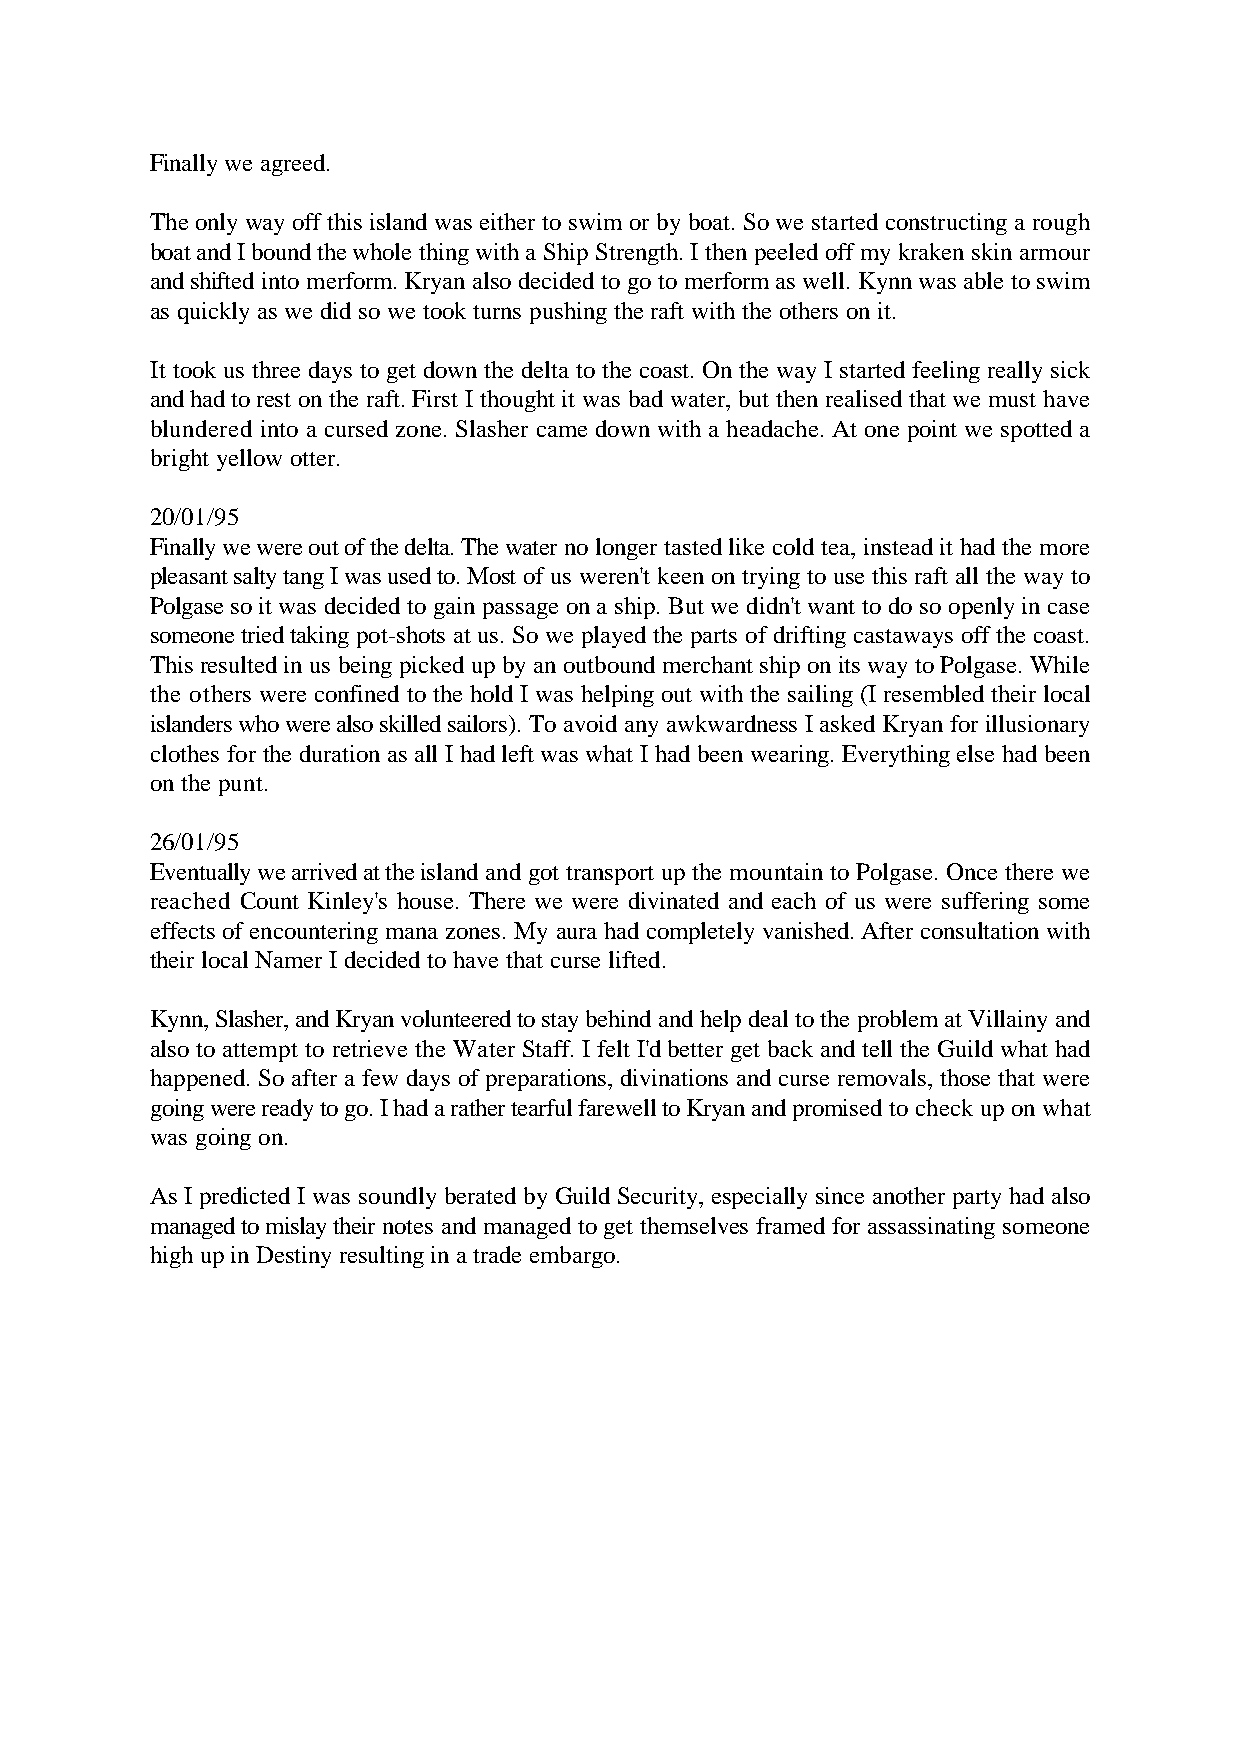
Finally we agreed.
 The only way off this island was either to swim or by boat. So we started constructing a rough
 boat and I bound the whole thing with a Ship Strength. I then peeled off my kraken skin armour
 and shifted into merform. Kryan also decided to go to merform as well. Kynn was able to swim
 as quickly as we did so we took turns pushing the raft with the others on it.
 It took us three days to get down the delta to the coast. On the way I started feeling really sick
 and had to rest on the raft. First I thought it was bad water, but then realised that we must have
 blundered into a cursed zone. Slasher came down with a headache. At one point we spotted a
 bright yellow otter.
 20/01/95
 Finally we were out of the delta. The water no longer tasted like cold tea, instead it had the more
 pleasant salty tang I was used to. Most of us weren't keen on trying to use this raft all the way to
 Polgase so it was decided to gain passage on a ship. But we didn't want to do so openly in case
 someone tried taking pot-shots at us. So we played the parts of drifting castaways off the coast.
 This resulted in us being picked up by an outbound merchant ship on its way to Polgase. While
 the others were confined to the hold I was helping out with the sailing (I resembled their local
 islanders who were also skilled sailors). To avoid any awkwardness I asked Kryan for illusionary
 clothes for the duration as all I had left was what I had been wearing. Everything else had been
 on the punt.
 26/01/95
 Eventually we arrived at the island and got transport up the mountain to Polgase. Once there we
 reached Count Kinley's house. There we were divinated and each of us were suffering some
 effects of encountering mana zones. My aura had completely vanished. After consultation with
 their local Namer I decided to have that curse lifted.
 Kynn, Slasher, and Kryan volunteered to stay behind and help deal to the problem at Villainy and
 also to attempt to retrieve the Water Staff. I felt I'd better get back and tell the Guild what had
 happened. So after a few days of preparations, divinations and curse removals, those that were
 going were ready to go. I had a rather tearful farewell to Kryan and promised to check up on what
 was going on.
 As I predicted I was soundly berated by Guild Security, especially since another party had also
 managed to mislay their notes and managed to get themselves framed for assassinating someone
 high up in Destiny resulting in a trade embargo.